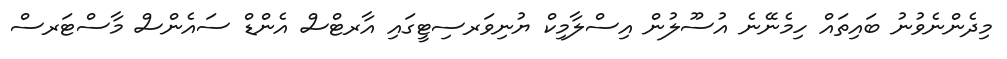
މިދެންނެވުނު ބައިތައް ހިމެނޭނެ އުސޫލުން އިސްލާމިކް ޔުނިވަރސިޓީގައި އާރޓްސް އެންޑް ސައެންސް މާސްޓަރސް